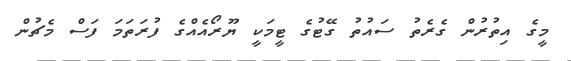
މީގެ އިތުރުން ގެރެތު ސައުތު ގޭޓުގެ ޓީމަކީ ޔޫރޯއެއްގެ ފުރަތަމަ ފަސް މެޗުން